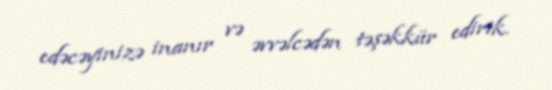
edəcəyinizə inanır və əvvəlcədən təşəkkür edirik.